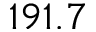
1 9 1 . 7